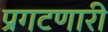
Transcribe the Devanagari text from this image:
प्रगटणारी